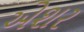
એશર